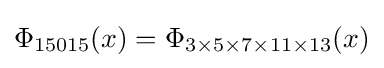
\Phi _{15015}(x)=\Phi _{3\times 5\times 7\times 11\times 13}(x)